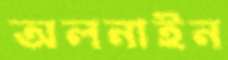
অলনাইন